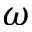
\omega